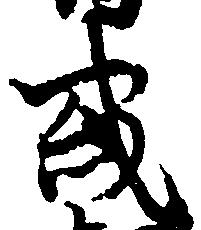
或